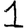
Digit: 1